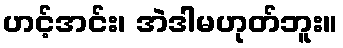
ဟင့်အင်း၊ အဲဒါမဟုတ်ဘူး။